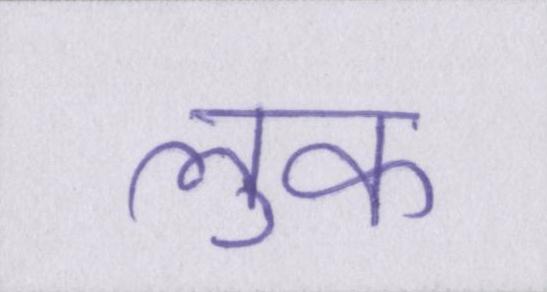
लुक